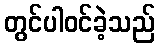
တွင်ပါဝင်ခဲ့သည်